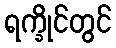
ရက္ခိုင်တွင်